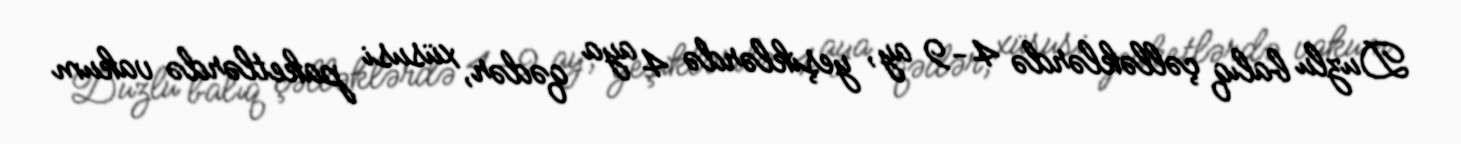
Duzlu balıq çəlləklərdə 4-9 ay, yeşiklərdə 4 aya qədər, xüsusi paketlərdə vakum